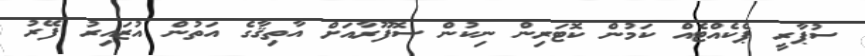
ސުޕާރީ ޕެކެއްޓެއް ކަމުން ކޮޓަރިން ނިކުން ސޮފޫރާއަށް އާތިޤާގެ އަތުން އުޒައިރު ފޭރު